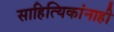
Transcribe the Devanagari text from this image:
साहित्यिकांनाही